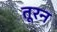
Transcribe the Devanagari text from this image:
तूरन